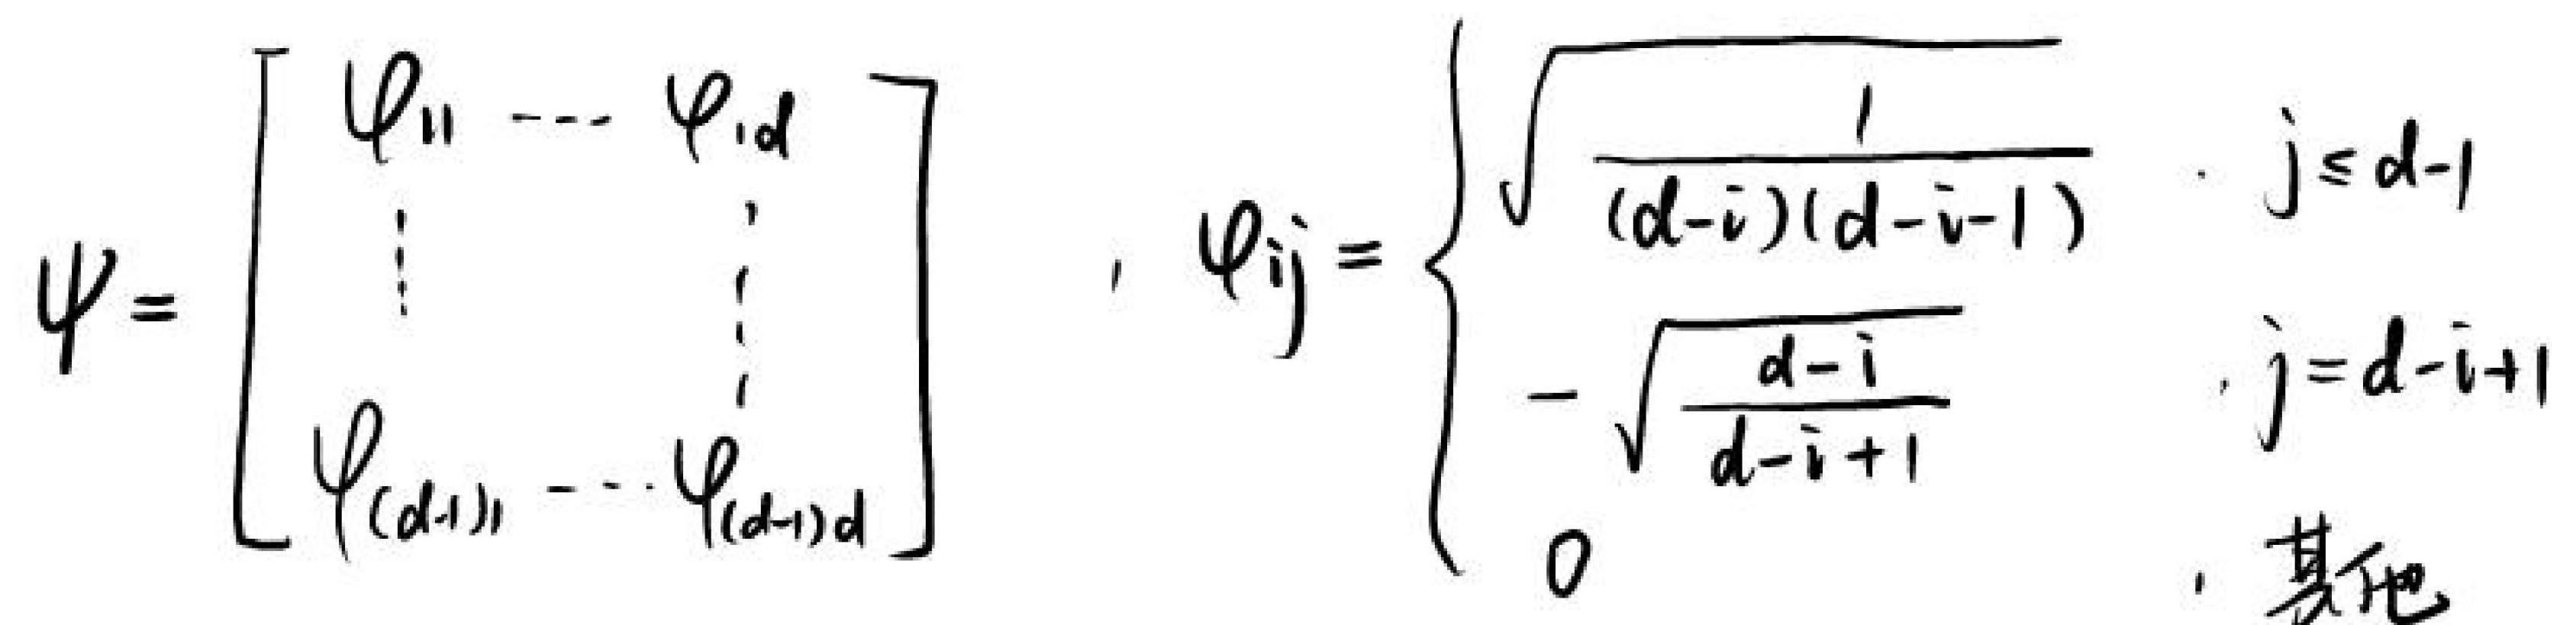
\[ \Psi = \left[ \begin{array}{ccc} \varphi_{11} & \cdots & \varphi_{1d} \\ \vdots & & \vdots \\ \varphi_{(d - 1)1} & \cdots & \varphi_{(d - 1)d} \end{array} \right] \quad, \quad \varphi_{ij} = \left\{ \begin{array}{ll} \sqrt{\frac{1}{(d - i)(d - i - 1)}} &, j \leq d - 1 \\ - \sqrt{\frac{d - i}{d - i + 1}} &, j = d - i + 1 \\ 0 &, \text{其他} \end{array} \right. \]